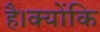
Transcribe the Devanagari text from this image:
है।क्योंकि